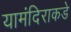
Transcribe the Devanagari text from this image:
यामंदिराकडे